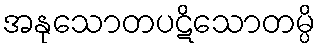
အနုသောတပဋိသောတမ္ပိ